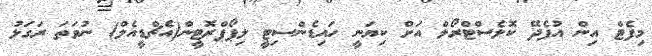
މިފެޓް އިން އުފެދޭ ކޮލެސްޓްރޯލް އަށް ކިޔަނީ ހައިޑެންސިޓީ ލިޕޯޕްރޮޓީން(އެޗްޑީއެލް) ނުވަތަ ރަގަޅު